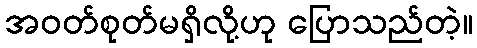
အဝတ်စုတ်မရှိလို့ဟု ပြောသည်တဲ့။